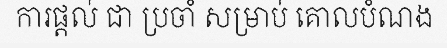
ការផ្តល់ ជា ប្រចាំ សម្រាប់ គោលបំណង